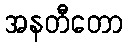
အနတီတော